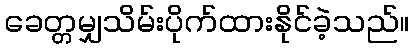
ခေတ္တမျှသိမ်းပိုက်ထားနိုင်ခဲ့သည်။